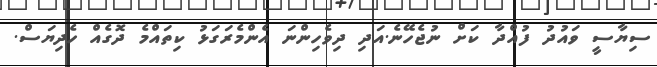
ސިޔާސީ ވައުދު ފުއްދާ ކަށް ނުޖެހޭނެ.އަދި ދިވެހިންނަ އެންމެރަގަޅު ކިތައްމެ ދޮގެއް ހެދިޔަސް.